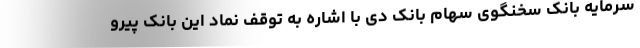
سرمایه بانک سخنگوی سهام بانک دی با اشاره به توقف نماد این بانک پیرو